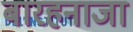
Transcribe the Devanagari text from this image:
बारहनाजा